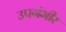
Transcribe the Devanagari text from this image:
उपगंभीर